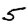
Digit: 5